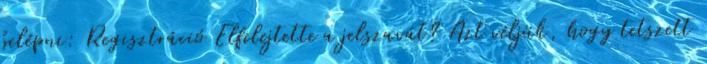
belépni: Regisztráció Elfelejtette a jelszavát? Azt véljük, hogy tetszett